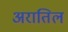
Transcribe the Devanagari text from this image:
अरातिल